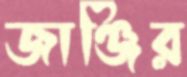
জাঞ্জির